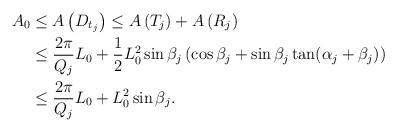
\begin{align*} A_0&\leq A\left(D_{t_j}\right)\leq A\left(T_j\right) + A\left(R_j\right)\\ &\leq \frac{2\pi}{Q_j}L_0 + \frac{1}{2}L_0^2\sin\beta_j \left(\cos \beta_j + \sin\beta_j\tan(\alpha_j + \beta_j)\right)\\ &\leq \frac{2\pi}{Q_j}L_0 + L_0^2\sin\beta_j. \end{align*}